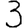
Digit: 3